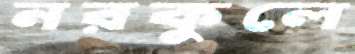
নরকুলে